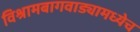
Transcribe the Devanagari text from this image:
विश्रामबागवाड्यामध्येच